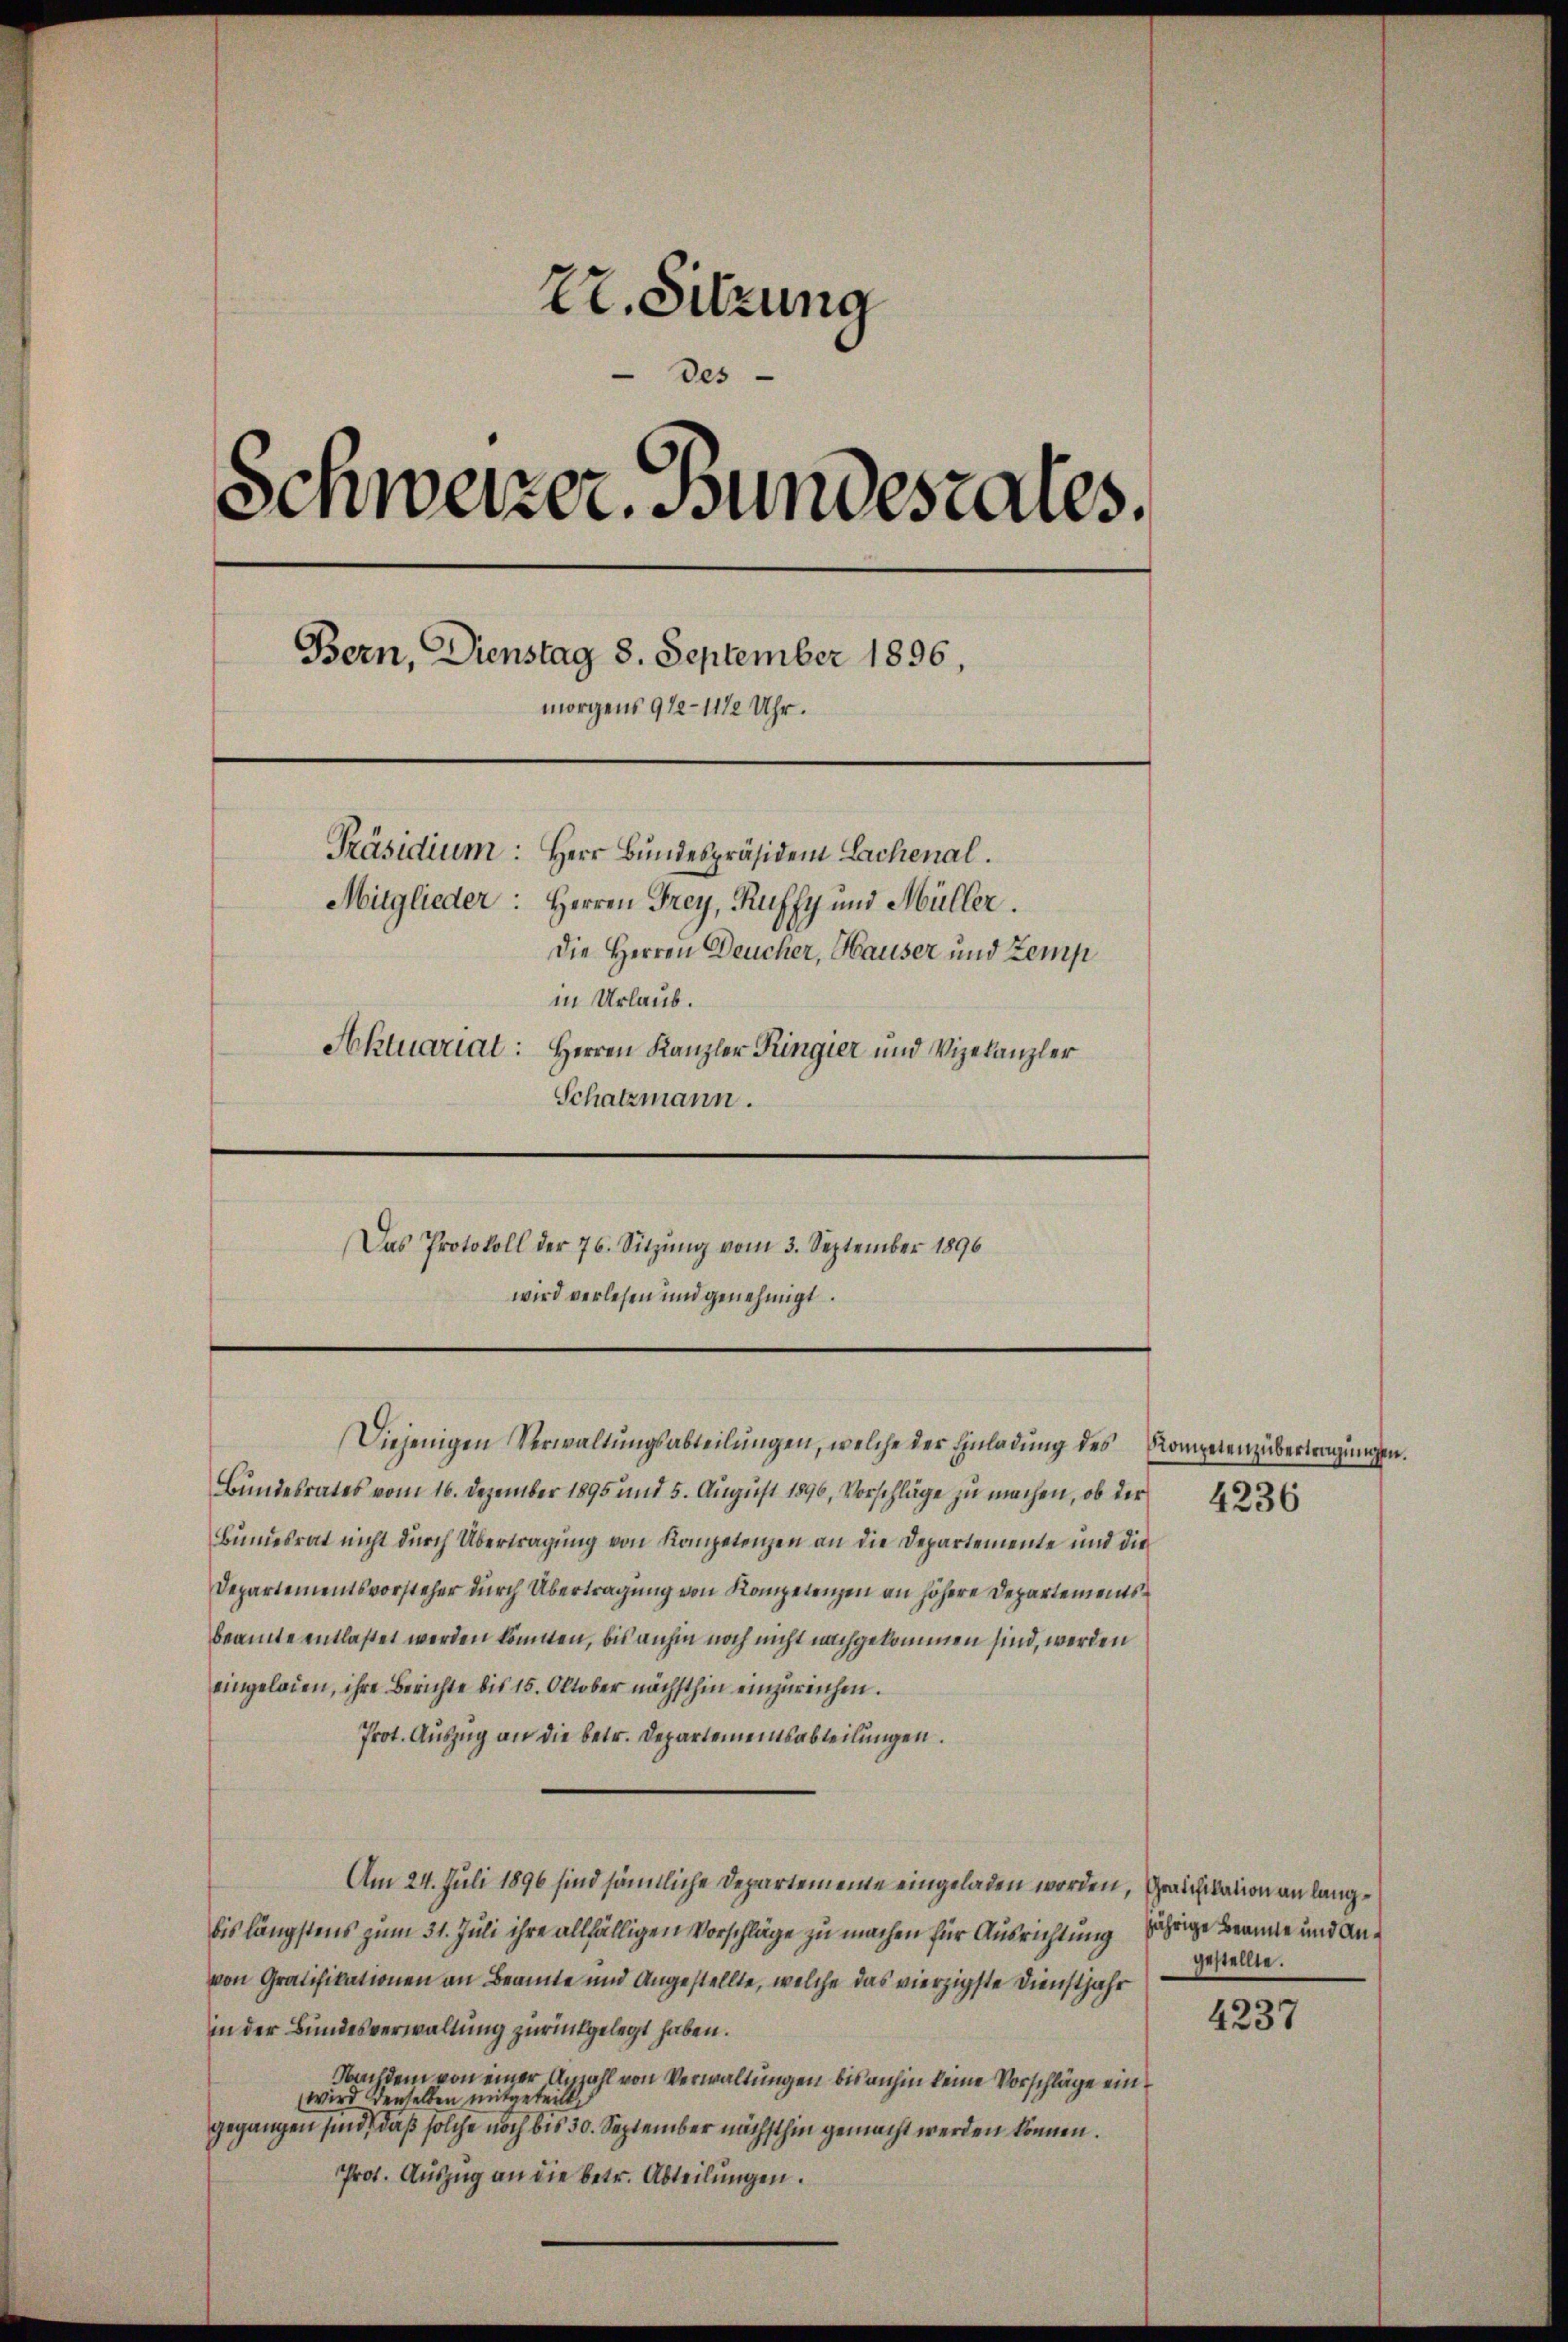
Er. Sitzung
des
Schweizer. Bundestales.
Bern, Dienstag 8. September 1896,
morgens 912-1112 Uhr.
Präsidium: Herr Bundespräsiden Lachenal.
Mitglieder: Herren Frey, Kuffy und Müller.
Die Herren Deucher, Hauser und Zemp
in Urlaub.
Aktuariat: Herren Kanzler Ringier und Vizekanzler
Schatzmann.

Das Protokoll der 76. Sitzŭng vom 3. September 1896
wird verlesen und genehmigt.

Diejenigen Verwaltungsabteilungen, welche der Einladung des Kompetenz übertragungen,
Bundesrates vom 16. Dezember 1895 und 5. August 1896, Vorschläge zu machen, ob der
Bundesrat nicht durch Übertragung von Kompetenzen an die Departemente und die
Departementsvorsteher durch Übertragung von Kompetenzen an höhere Departementsbeamte entlastet werden könnten, bis anhin noch nicht nachgekommen sind, werden
eingeladen, ihre Berichte bis 15. Oktober nächsthin einzureichen.
Prot. Auszug an die betr. Departementsabteilungen.
Am 24. Juli 1896 sind sämtliche Departemeine eingeladen worden, Graichiation an langbis längstens zum 31. Juli ihre allfälligen Vorschläge zu machen für Ausrichtung jährige Beamte und Anvon Gratifikationen an Beamte und Angestellte, welche das vierzigste Dienstjahr
in der Bundesverwaltung zurückgelegt haben.
Nachdem von einer Anzahl von Verwaltungen bis anhin keine Vorschläge einwird denselben mitgeteilt
gegangen sind, daß solche noch bis 30. September nächsthin gemacht werden können.
Prot. Auszug an die betr. Abteilungen.

4236

gestellte.

4237